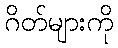
ဂိတ်များကို